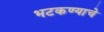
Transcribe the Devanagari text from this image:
भटकण्याचे